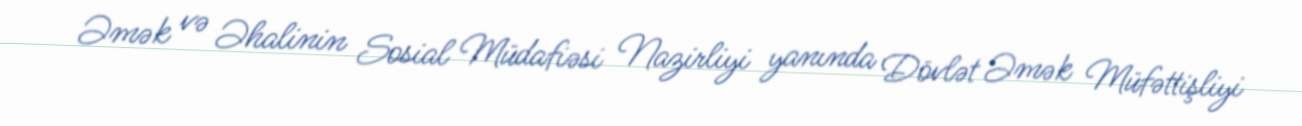
Əmək və Əhalinin Sosial Müdafiəsi Nazirliyi yanında Dövlət Əmək Müfəttişliyi